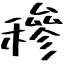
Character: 穇